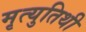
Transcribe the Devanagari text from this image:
मृत्युतिथी